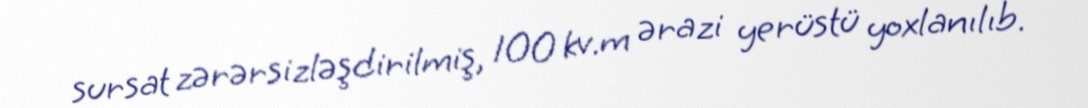
sursat zərərsizləşdirilmiş, 100 kv.m ərazi yerüstü yoxlanılıb.